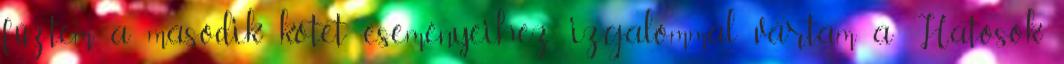
fűztem a második kötet eseményeihez, izgalommal vártam a Hatosok